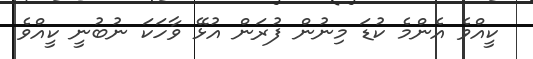
ކީއްވެ އެންމެ ކުޑަ މިނުން ފުރަން އުޅޭ ވާހަކަ ނުބުނީ ކީއްވެ